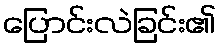
ပြောင်းလဲခြင်း၏